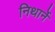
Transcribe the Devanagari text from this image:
निथार्ने